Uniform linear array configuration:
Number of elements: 24
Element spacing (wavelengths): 1
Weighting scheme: blackman
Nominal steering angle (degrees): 0
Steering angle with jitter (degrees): -0.9418
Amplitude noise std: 0.05
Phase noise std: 0.05

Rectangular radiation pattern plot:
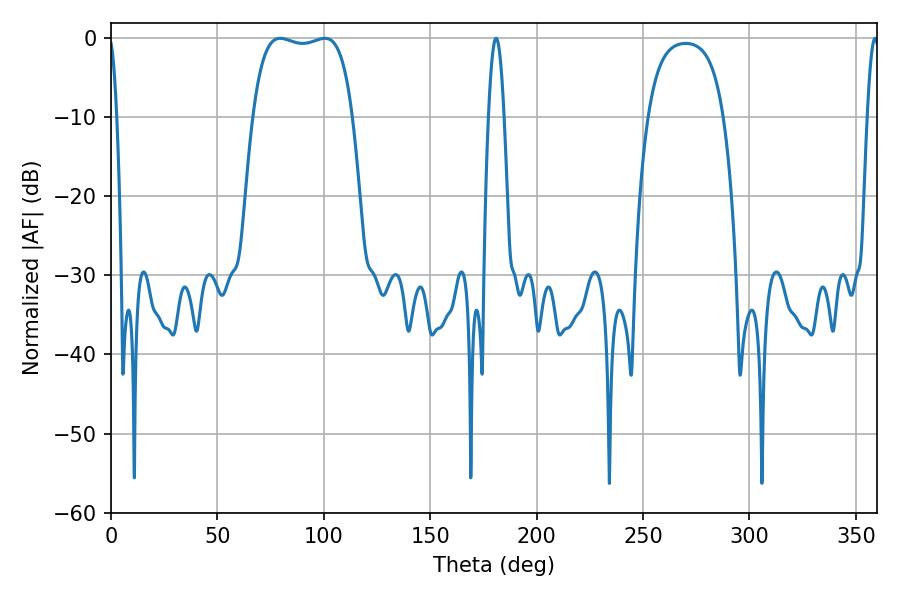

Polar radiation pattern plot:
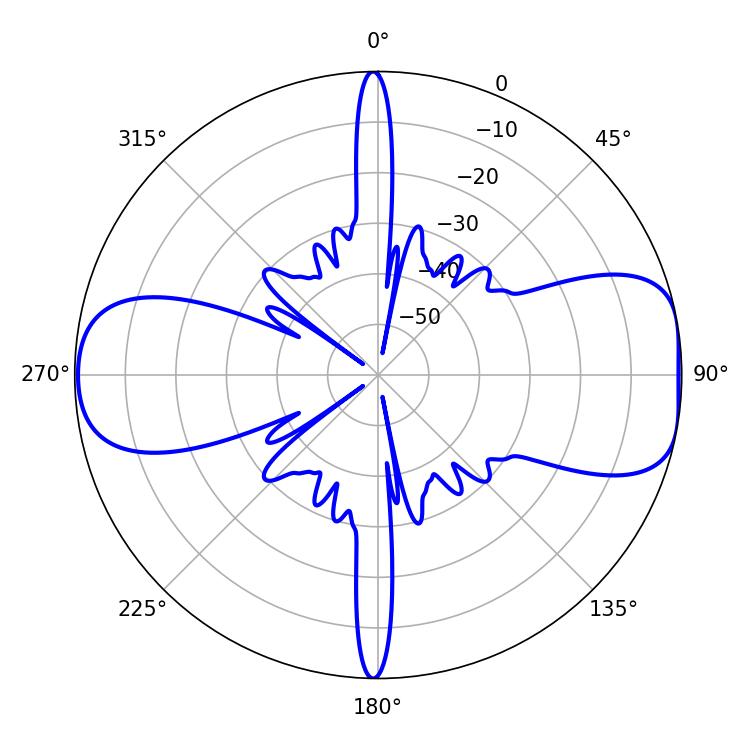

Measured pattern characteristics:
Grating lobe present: TRUE
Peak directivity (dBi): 8.944
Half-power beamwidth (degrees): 37.44
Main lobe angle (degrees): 79.56